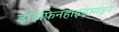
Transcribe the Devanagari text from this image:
डाइफ़िनहाइड्रमाइन